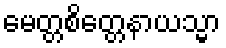
မေတ္တစိတ္တေနာယသ္မာ